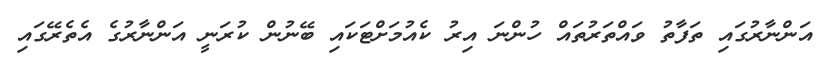
އަންނާރުގައި ތަފާތު ވައްތަރުތައް ހުންނަ އިރު ކެއުމަށްޓަކައި ބޭނުން ކުރަނީ އަންނާރުގެ އެތެރޭގައި